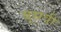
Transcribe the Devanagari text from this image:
बूसवीं